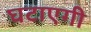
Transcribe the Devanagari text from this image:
घटाएगी